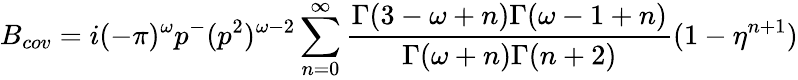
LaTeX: B_{cov}=i(-\pi)^{\omega}p^{-}(p^{2})^{\omega-2}\sum_{n=0}^{\infty}\frac{\Gamma(3-\omega+n)\Gamma(\omega-1+n)}{\Gamma(\omega+n)\Gamma(n+2)}(1-\eta^{n+1})